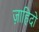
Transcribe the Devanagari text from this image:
ज़ाहिदों